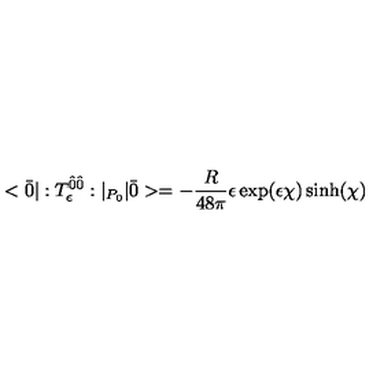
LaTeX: < \bar { 0 } | : T _ { \epsilon } ^ { \hat { 0 } \hat { 0 } } : | _ { P _ { 0 } } | \bar { 0 } > = - \frac { R } { 4 8 \pi } \epsilon \exp ( \epsilon \chi ) \sinh ( \chi )